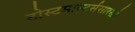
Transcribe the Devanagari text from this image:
टोस्टमास्टर्ससारखी